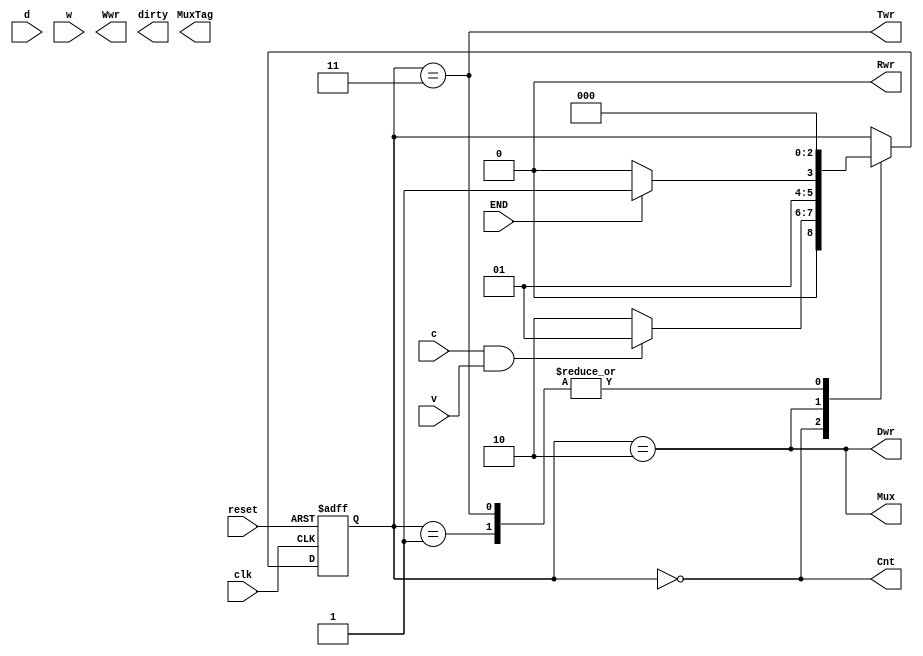
module fsm(
  input wire clk, reset, c, v, END, d, w, 
  output reg Twr, Dwr, Rwr, Cnt, Mux, MuxTag, Wwr, dirty);

reg [2:0] state;

parameter ReadTag = 3'b000, ReadData = 3'b001, ReadBlk = 3'b010, UpdateTag = 3'b011, WrBlk = 3'b100, WrData = 3'b101;

/* State register (synchronous reset) */
always @(posedge clk or posedge reset) 
begin
  if (reset) 
    state <= ReadTag;
  else 
    case (state)
    ReadTag: 
      if (c && v)  state <= ReadData;
      else state <= ReadBlk;

    ReadData: 
      state <= ReadTag;
    
    ReadBlk: 
      if (END) state <= UpdateTag;
      else     state <= ReadBlk;
    
    UpdateTag: 
      state <= ReadTag;
    
  endcase
end

/* Output logic */
always @(*) begin
  Cnt = (state == ReadTag); 
  Twr = (state == UpdateTag);
  Dwr = (state == ReadBlk);
  Rwr = 0; 
  Mux = (state == ReadBlk);
end

endmodule